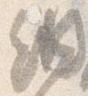
納